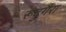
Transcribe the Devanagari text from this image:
रूदुगैरा